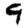
Digit: 9